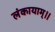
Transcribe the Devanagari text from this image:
लंकायाम्।।